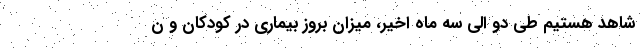
شاهد هستیم طی دو الی سه ماه اخیر، میزان بروز بیماری در کودکان و ن